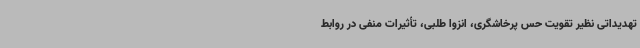
تهدیداتی نظیر تقویت حس پرخاشگری، انزوا طلبی، تأثیرات منفی در روابط